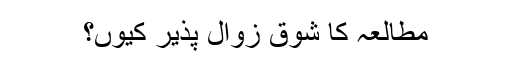
مطالعہ کا شوق زوال پذیر کیوں؟